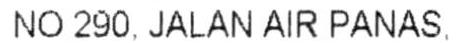
NO 290, JALAN AIR PANAS.